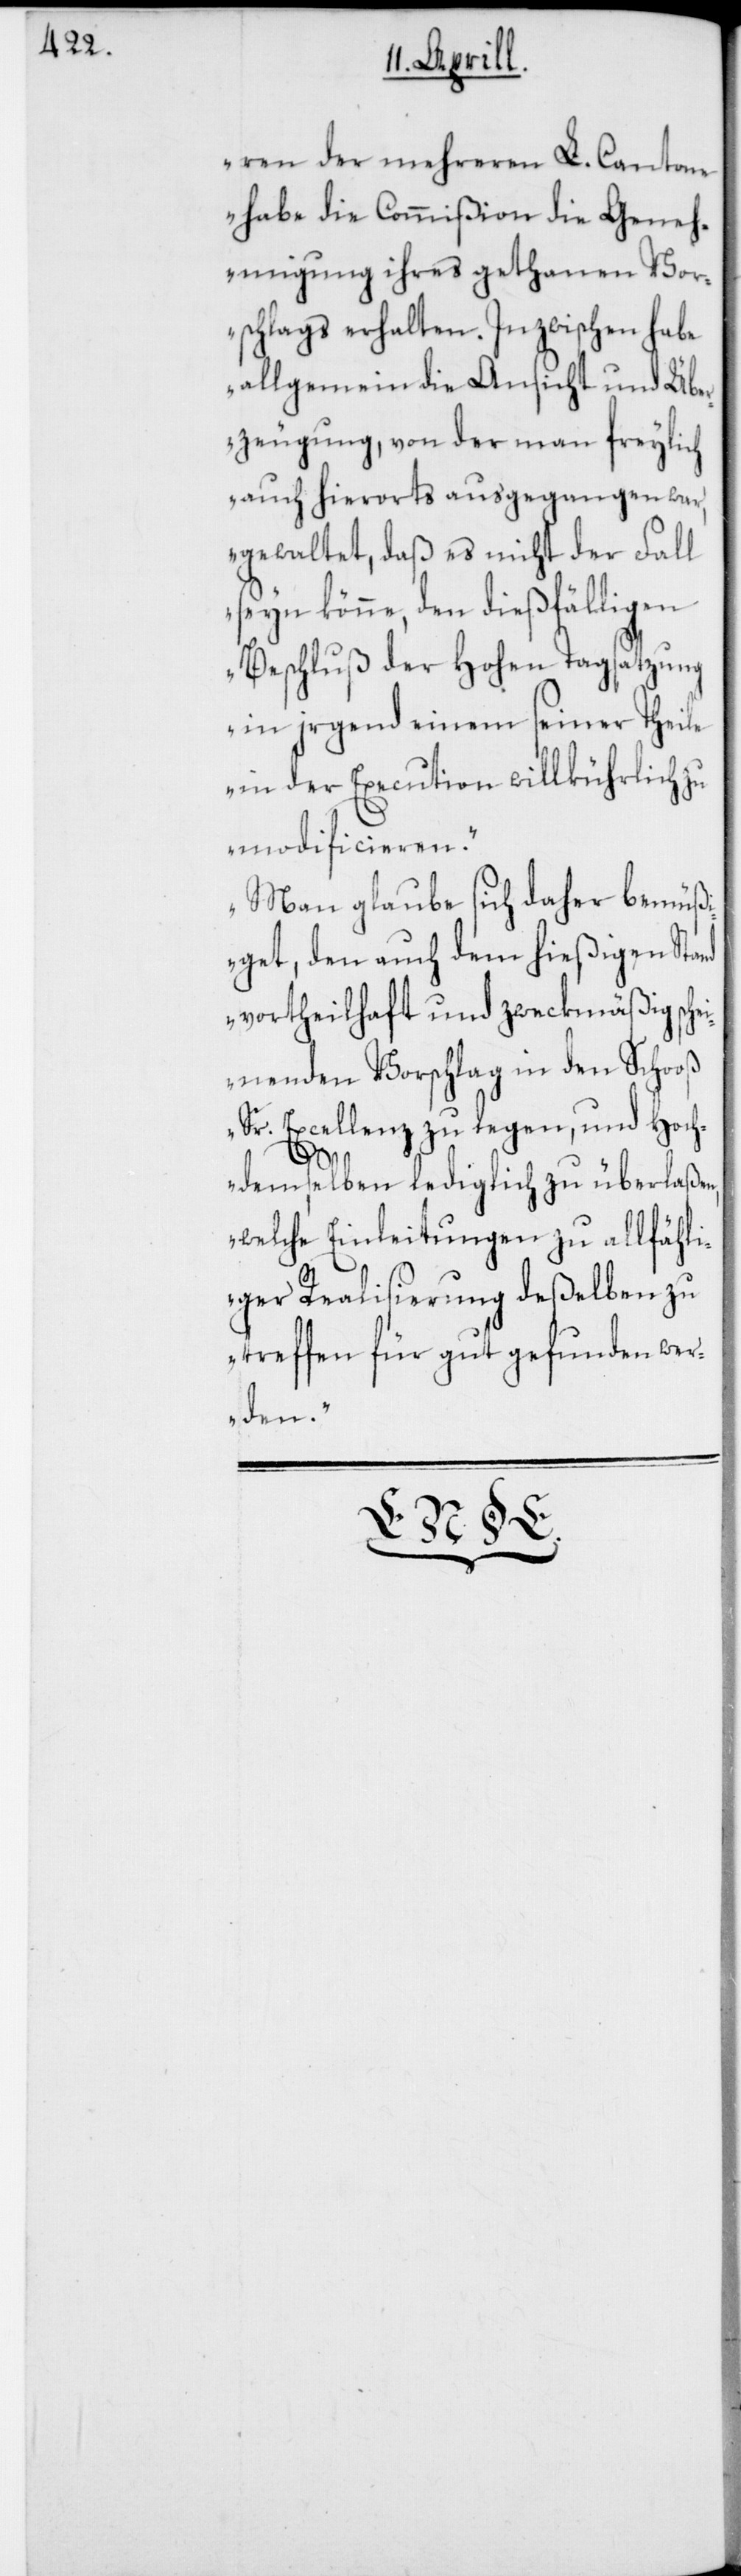
ren der mehreren L. Cantone
habe die Commißion die Geneh¬
migung ihres gethanen Vor¬
schlags erhalten. Inzwischen habe
allgemein die Ansicht und Übe¬
rzeugung, von der man freylich
auch hierorts ausgegangen war,
gewaltet, daß es nicht der Fall
seyn könne, den dießfälligen
Beschluß der hohen Tagsatzung
in irgend einem seiner Theile
in der Execution willküh¬
modificieren.
Man glaube sich daher b¬
ßigen Stand
iget, den auch dem
allfähl¬
vortheilhaft und z¬
weck¬
e¬
inenden Vorschlag
nd Hoch¬
Sr. Excellenz zu legen,
emüß¬
rla¬
demselben lediglich zu üb¬
welche Einleitung¬
l¬
ben zu
deße¬
iger Realisierung
we¬
treffen für gut gef¬
rden.“